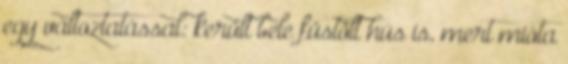
egy változtatással: került bele füstölt hús is, mert mióta